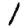
Digit: 1